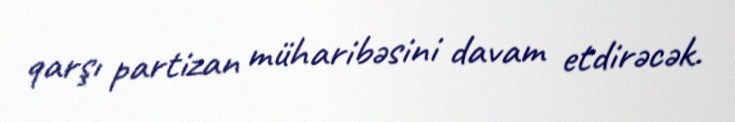
qarşı partizan müharibəsini davam etdirəcək.